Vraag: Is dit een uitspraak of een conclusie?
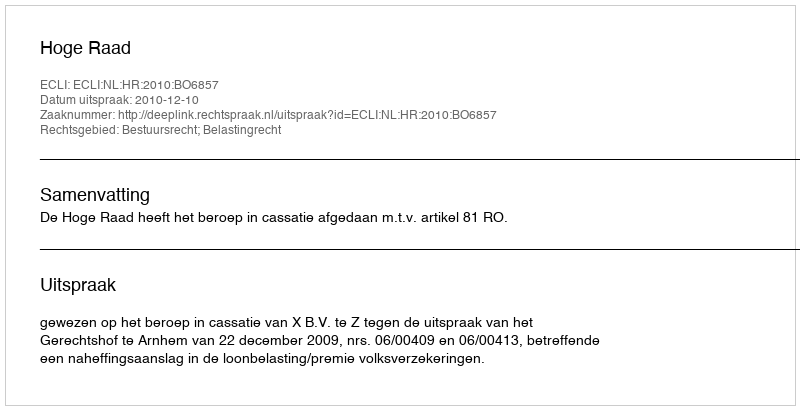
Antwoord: Uitspraak